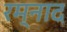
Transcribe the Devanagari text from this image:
रम्नाद